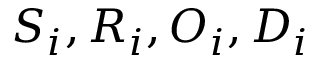
S _ { i } , R _ { i } , O _ { i } , D _ { i }